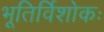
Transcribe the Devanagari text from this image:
भूतिर्विशोकः